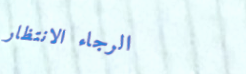
الرجاء الانتظار